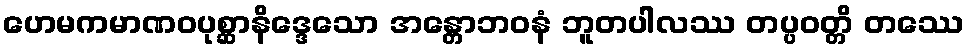
ဟေမကမာဏဝပုစ္ဆာနိဒ္ဒေသော အန္တောဘဝနံ ဘူတပါလဿ တပ္ပဝတ္တိ တဿေ